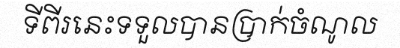
ទីពីរនេះទទួលបានប្រាក់ចំណូល